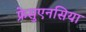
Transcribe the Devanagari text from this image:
फ्रेसुएनसिया